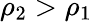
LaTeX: \rho_{2}>\rho_{1}